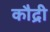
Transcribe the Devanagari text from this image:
कौद्री